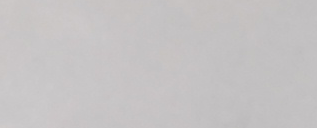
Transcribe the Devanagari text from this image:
इ